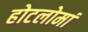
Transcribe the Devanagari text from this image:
होटलोमां